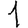
Digit: 1